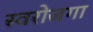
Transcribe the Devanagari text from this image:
स्‍वरोजगा